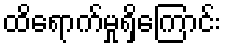
ထိရောက်မှုရှိကြောင်း